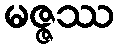
မဇ္ဇဿ